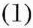
(1)